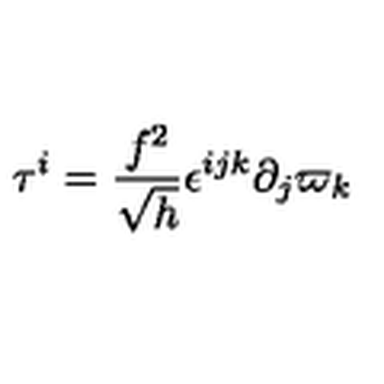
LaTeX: \tau ^ { i } = \frac { f ^ { 2 } } { \sqrt { h } } \epsilon ^ { i j k } \partial _ { j } \varpi _ { k }